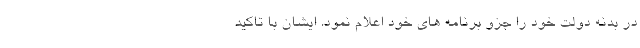
در بدنه دولت خود را جزو برنامه های خود اعلام نمود. ایشان با تاکید